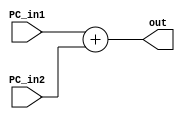
module adder(PC_in1, PC_in2,  out);

	input [31:0] PC_in1;
	input [31:0] PC_in2;
	output reg [31:0] out;
	

	always @(PC_in1) begin
		out <= PC_in1 + PC_in2;
	end
endmodule